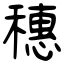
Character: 穗